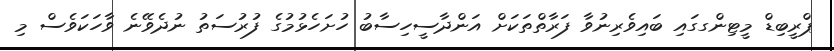
ޕްރީބިޑް މީޓިންގގައި ބައިވެރިނުވާ ފަރާތްތަކަށް އަންދާސީހިސާބު ހުށަހެޅުމުގެ ފުރުސަތު ނުދެވޭނެ ވާހަކަވެސް މި